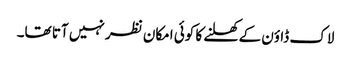
لاک ڈاؤن کے کھلنے کا کوئی امکان نظر نہیں آتا تھا۔